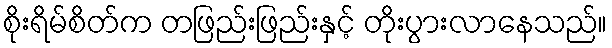
စိုးရိမ်စိတ်က တဖြည်းဖြည်းနှင့် တိုးပွားလာနေသည်။